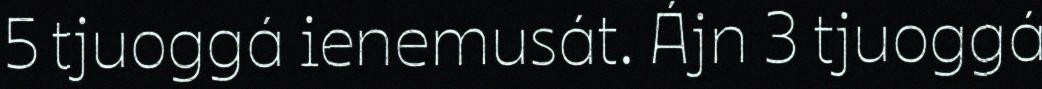
5 tjuoggá ienemusát. Ájn 3 tjuoggá